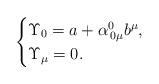
LaTeX: \begin{align*}\begin{cases}\Upsilon_0=a + \alpha^0_{\,0\mu}b^\mu,\\ \Upsilon_\mu =0.\end{cases}\end{align*}